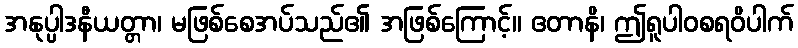
အနုပ္ပါဒနီယတ္တာ၊ မဖြစ်စေအပ်သည်၏ အဖြစ်ကြောင့်။ ဧတာနိ၊ ဤရူပါဝစရဝိပါက်